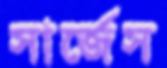
সার্জেস